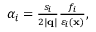
\begin{array} { r } { \alpha _ { i } = \frac { s _ { i } } { 2 | \mathbf { q } | } \frac { f _ { i } } { \varepsilon _ { i } ( \mathbf { x } ) } , } \end{array}